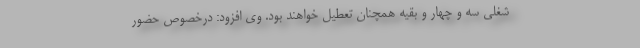
شغلی سه و چهار و بقیه همچنان تعطیل خواهند بود. وی افزود: درخصوص حضور